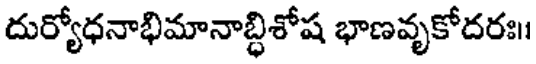
దుర్యోధనాభిమానాబ్ధిశోష భాణవృకోదరః।